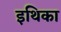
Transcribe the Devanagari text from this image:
इथिका